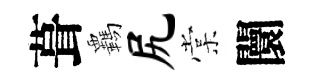
葺覊尻棠闤